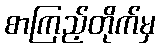
စာကြည့်တိုက်မှ